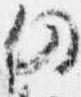
仍